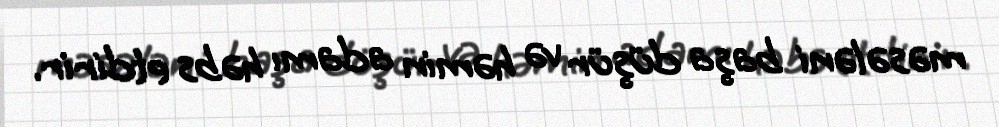
məsələni başa düşür və həmin adamı həbs etdirir.